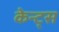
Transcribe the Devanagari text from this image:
केन्ट्स